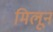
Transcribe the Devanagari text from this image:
मिलून